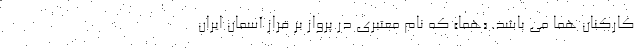
کارکنان هما می باشد. «هما» که نام معتبری در پرواز بر فراز آسمان ایران